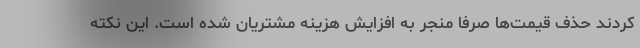
کردند حذف قیمت‌ها صرفا منجر به افزایش هزینه مشتریان شده است. این نکته